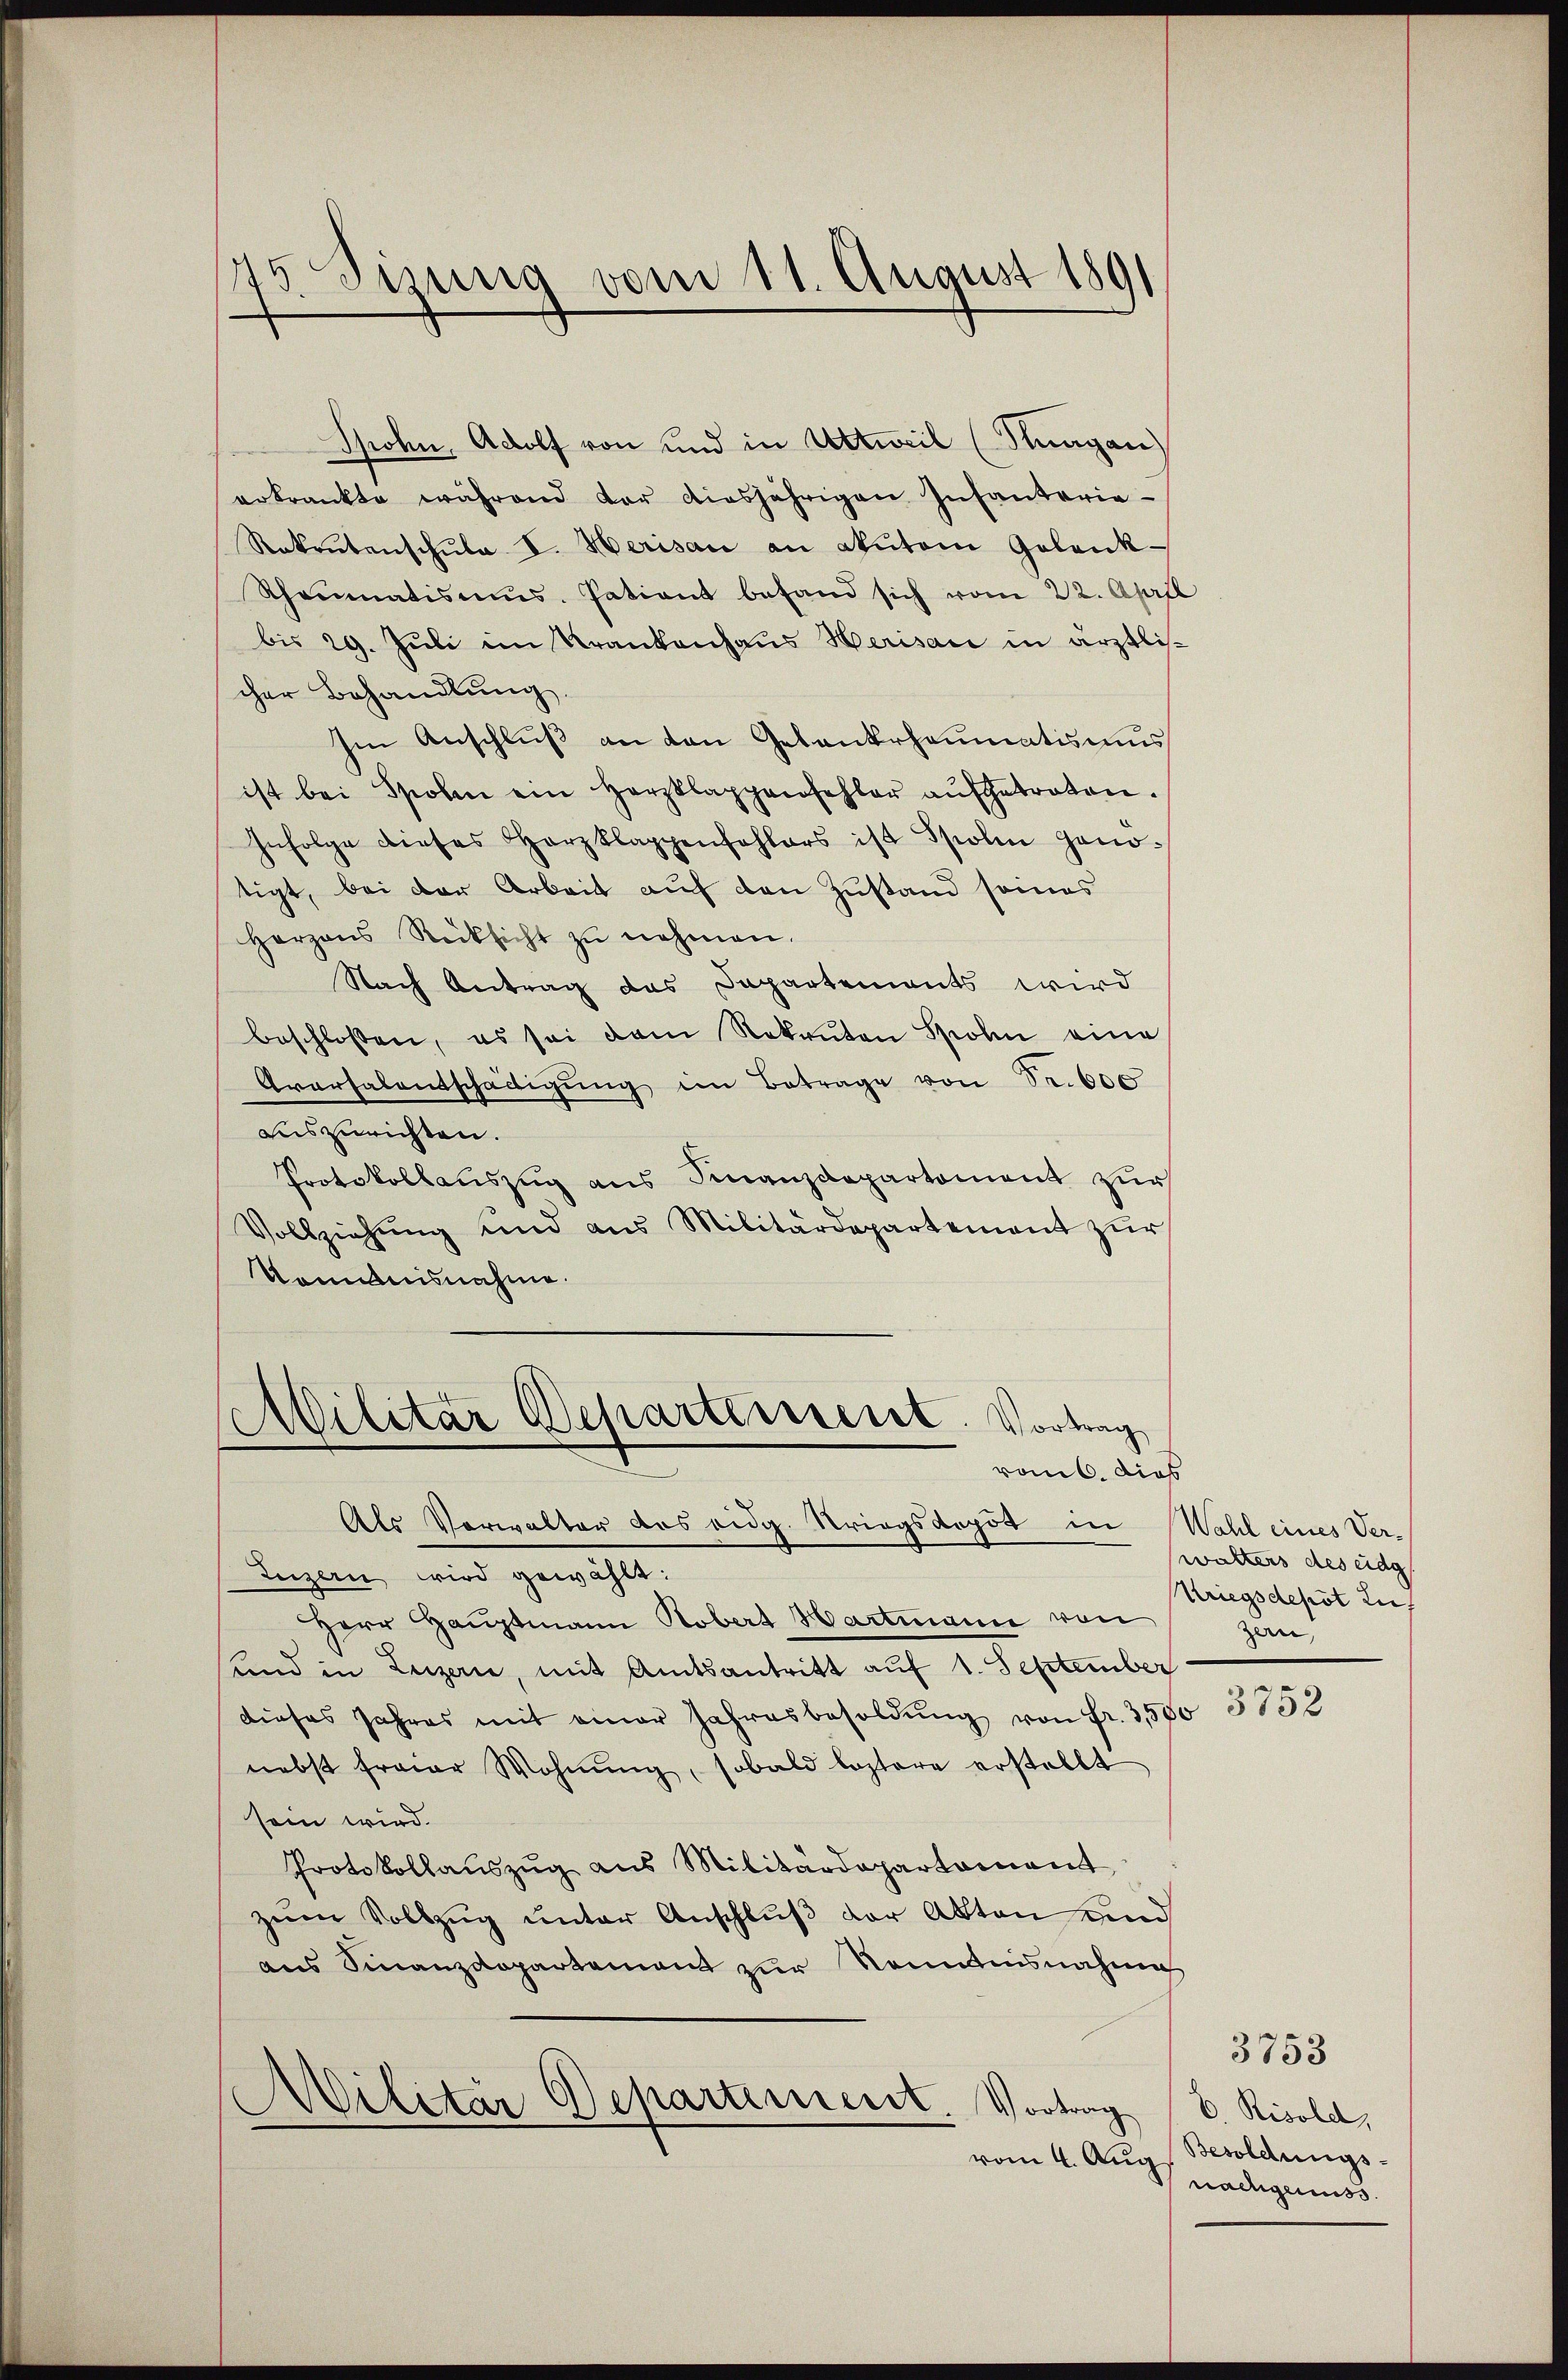
Sohn, Adolf von und in Uttweil (Suagan
erkrankte während der diesjährigen Infanterie-
Rekrutenschŭla V. Herisau an akutem Golenk-
Rheumatismus. Patient befand sich vom 22. April
bis 29. Juli im Krankenhaus Herisau in ärztlicher Behandlung
Im Anschlŭβ an den Gebaukrheumatismus
ist bei Spohin ein Herzklappenfehler aufgetreten.
Infolge dieses Herzklappenfehlers ist Spolen Gonotigt, bei der Arbeit auf den Zustand seines
Herzens Rücksicht zŭ nehmen.
Nach Antrag das Departements wird
beschlossen, es sei dem Rekruten Sohn eine
Aversalentschädigŭng im Betrage von Sr. 600
auszurichten.
Protokollauszug aus Finanzdepartement zur
Vollziehung und aus Militärdepartement zur
kommnisnahme.

45 Sisung vom 11. August 1891
d

1
ditar Departerreist. Vortrag
vom 6. dies

Als Verwalter das eidg. Kriegsdopot in Wahl eines Ver-
Luzern wird gewählt:
Herr Hauptmann Hobert Hartmann von
und in Luzern, mit Amtsantritt auf 1. September
dieses Jahres mit einer Jahresbesoldŭng von Fr. 3500 3152
nebst freier Wohnŭng, sobald leztere erstellt
sein wird.
Protokollaŭszŭg aŭs Militärdepartament
zum Vollzug unter Anschluß der Akten und
aus Finanzdepartement zur Kenntnisnahme
Militär Departiment
Vortrag (v. Risold,
vom 4. Aug

wälters des eidg
Kriegsdepot auf
zern,

Besoldungs-
nachgenuss.

3753